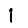
Digit: 1